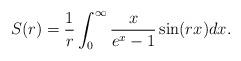
LaTeX: \begin{align*}S(r)=\frac 1r\int_{0}^{\infty}\frac{x}{e^x-1} \sin(rx)dx.\end{align*}